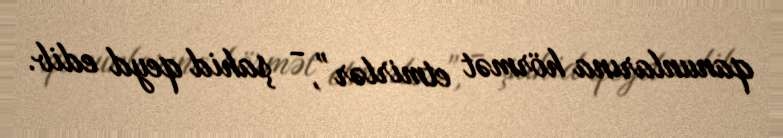
qanunlarına hörmət etmirlər”, - şahid qeyd edib.